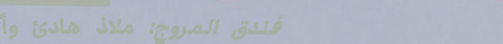
فندق المروج: ملاذ هادئ وأ